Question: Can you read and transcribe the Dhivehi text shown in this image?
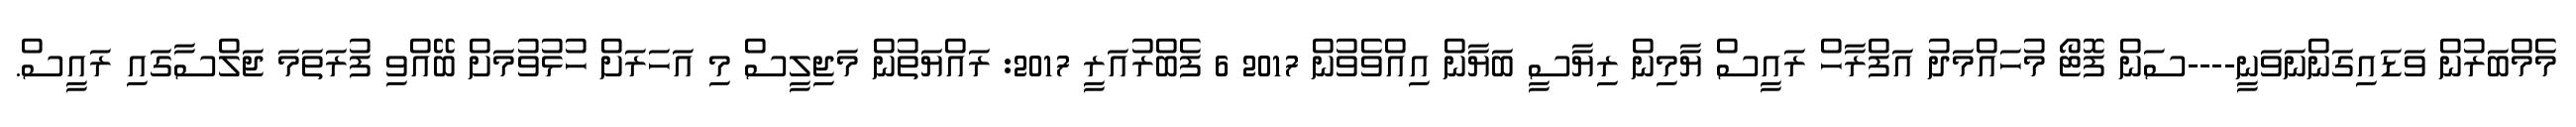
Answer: މެމްބަރުން ވަޑައިގަންނަވަނީ----ސަން ފޮޓޯ މުހައްމަދު އަފްރާހް ރައީސް ޔާމިން ރިޔާސީ ބަޔާން އިއްވެވުން 2017 6 ފެބްރުއަރީ 2017: ރައްޔަތުން މަޖިލީސް މި އަހަރަށް ހުޅުވުމަށް ބޭއްވި ފުރަތަމަ ޖަލްސާގައި ރައީސް.